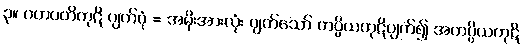
၃။ ဂဟပတိကုဋိ ပျက်ပုံ = အမိုးအားလုံး ပျက်သော် ကပ္ပိယကုဋိပျက်၍ အကပ္ပိယကုဋိ